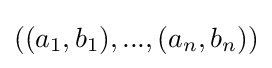
((a_{1},b_{1}),...,(a_{n},b_{n}))